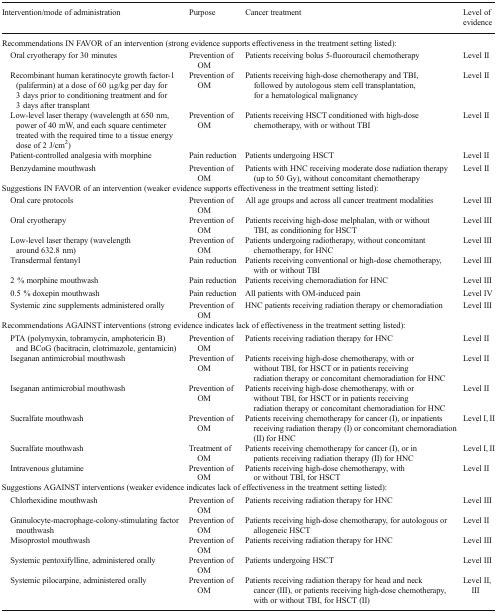
<table><thead><tr><td><b>Intervention/mode of administration</b></td><td><b>Purpose</b></td><td><b>Cancer treatment</b></td><td><b>Level of evidence</b></td></tr></thead><tbody><tr><td colspan="4">Recommendations IN FAVOR of an intervention (strong evidence supports effectiveness in the treatment setting listed):</td></tr><tr><td> Oral cryotherapy for 30 minutes</td><td>Prevention of OM</td><td>Patients receiving bolus 5-fluorouracil chemotherapy</td><td>Level II</td></tr><tr><td> Recombinant human keratinocyte growth factor-1 (palifermin) at a dose of 60 μg/kg per day for 3 days prior to conditioning treatment and for 3 days after transplant</td><td>Prevention of OM</td><td>Patients receiving high-dose chemotherapy and TBI, followed by autologous stem cell transplantation, for a hematological malignancy</td><td>Level II</td></tr><tr><td> Low-level laser therapy (wavelength at 650 nm, power of 40 mW, and each square centimeter treated with the required time to a tissue energy dose of 2 J/cm<sup>2</sup>)</td><td>Prevention of OM</td><td>Patients receiving HSCT conditioned with high-dose chemotherapy, with or without TBI</td><td>Level II</td></tr><tr><td> Patient-controlled analgesia with morphine</td><td>Pain reduction</td><td>Patients undergoing HSCT</td><td>Level II</td></tr><tr><td> Benzydamine mouthwash</td><td>Prevention of OM</td><td>Patients with HNC receiving moderate dose radiation therapy (up to 50 Gy), without concomitant chemotherapy</td><td>Level II</td></tr><tr><td colspan="4">Suggestions IN FAVOR of an intervention (weaker evidence supports effectiveness in the treatment setting listed):</td></tr><tr><td> Oral care protocols</td><td>Prevention of OM</td><td>All age groups and across all cancer treatment modalities</td><td>Level III</td></tr><tr><td> Oral cryotherapy</td><td>Prevention of OM</td><td>Patients receiving high-dose melphalan, with or without TBI, as conditioning for HSCT</td><td>Level III</td></tr><tr><td> Low-level laser therapy (wavelength around 632.8 nm)</td><td>Prevention of OM</td><td>Patients undergoing radiotherapy, without concomitant chemotherapy, for HNC</td><td>Level III</td></tr><tr><td> Transdermal fentanyl</td><td>Pain reduction</td><td>Patients receiving conventional or high-dose chemotherapy, with or without TBI</td><td>Level III</td></tr><tr><td> 2 % morphine mouthwash</td><td>Pain reduction</td><td>Patients receiving chemoradiation for HNC</td><td>Level III</td></tr><tr><td> 0.5 % doxepin mouthwash</td><td>Pain reduction</td><td>All patients with OM-induced pain</td><td>Level IV</td></tr><tr><td> Systemic zinc supplements administered orally</td><td>Prevention of OM</td><td>HNC patients receiving radiation therapy or chemoradiation</td><td>Level III</td></tr><tr><td colspan="4">Recommendations AGAINST interventions (strong evidence indicates lack of effectiveness in the treatment setting listed):</td></tr><tr><td> PTA (polymyxin, tobramycin, amphotericin B) and BCoG (bacitracin, clotrimazole, gentamicin)</td><td>Prevention of OM</td><td>Patients receiving radiation therapy for HNC</td><td>Level II</td></tr><tr><td> Iseganan antimicrobial mouthwash</td><td>Prevention of OM</td><td>Patients receiving high-dose chemotherapy, with or without TBI, for HSCT or in patients receiving radiation therapy or concomitant chemoradiation for HNC</td><td>Level II</td></tr><tr><td> Iseganan antimicrobial mouthwash</td><td>Prevention of OM</td><td>Patients receiving high-dose chemotherapy, with or without TBI, for HSCT or in patients receiving radiation therapy or concomitant chemoradiation for HNC</td><td>Level II</td></tr><tr><td> Sucralfate mouthwash</td><td>Prevention of OM</td><td>Patients receiving chemotherapy for cancer (I), or inpatients receiving radiation therapy (I) or concomitant chemoradiation (II) for HNC</td><td>Level I, II</td></tr><tr><td> Sucralfate mouthwash</td><td>Treatment of OM</td><td>Patients receiving chemotherapy for cancer (I), or in patients receiving radiation therapy (II) for HNC</td><td>Level I, II</td></tr><tr><td> Intravenous glutamine</td><td>Prevention of OM</td><td>Patients receiving high-dose chemotherapy, with or without TBI, for HSCT</td><td>Level II</td></tr><tr><td colspan="4">Suggestions AGAINST interventions (weaker evidence indicates lack of effectiveness in the treatment setting listed):</td></tr><tr><td> Chlorhexidine mouthwash</td><td>Prevention of OM</td><td>Patients receiving radiation therapy for HNC</td><td>Level III</td></tr><tr><td> Granulocyte-macrophage-colony-stimulating factor mouthwash</td><td>Prevention of OM</td><td>Patients receiving high-dose chemotherapy, for autologous or allogeneic HSCT</td><td>Level II</td></tr><tr><td> Misoprostol mouthwash</td><td>Prevention of OM</td><td>Patients receiving radiation therapy for HNC</td><td>Level III</td></tr><tr><td> Systemic pentoxifylline, administered orally</td><td>Prevention of OM</td><td>Patients undergoing HSCT</td><td>Level III</td></tr><tr><td> Systemic pilocarpine, administered orally</td><td>Prevention of OM</td><td>Patients receiving radiation therapy for head and neck cancer (III), or patients receiving high-dose chemotherapy, with or without TBI, for HSCT (II)</td><td>Level II, III</td></tr></tbody></table>